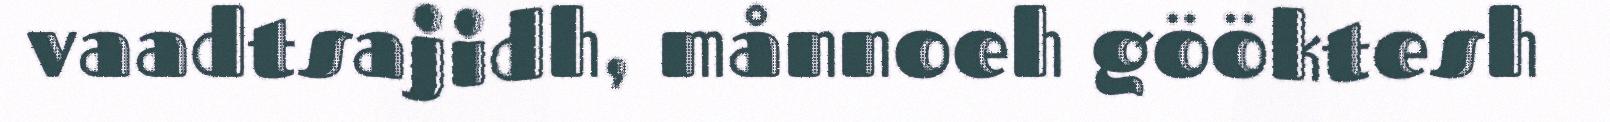
vaadtsajidh, månnoeh gööktesh